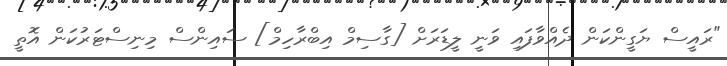
"ރައީސް ޔަގީންކަން ދެއްވާފައި ވަނީ ލީޑަރަށް [ގާސިމް އިބްރާހިމް] ސައިންސް މިނިސްޓަރުކަން އޮތީ